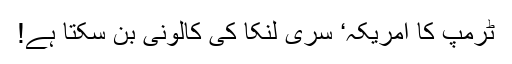
ٹرمپ کا امریکہ‘ سری لنکا کی کالونی بن سکتا ہے!